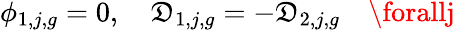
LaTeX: \phi_{1,j,g}=0,\quad\mathfrak{D}_{1,j,g}=-\mathfrak{D}_{2,j,g}\quad\forallj